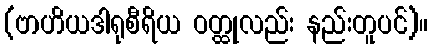
(ဗာဟိယဒါရုစီရိယ ဝတ္ထုလည်း နည်းတူပင်)။